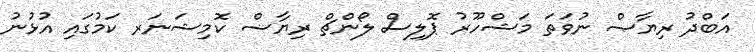
އަބްދު ރިޔާޞް ނުވަތަ މަޝްހޫރު ޕޮލިސް ލޯންޗް ރިޔާޟް ކޮމިޝަނަރ ކަމުގައި އުޅުނު